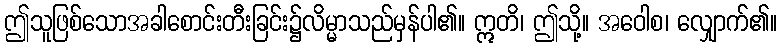
ဤသူဖြစ်သောအခါစောင်းတီးခြင်း၌လိမ္မာသည်မှန်ပါ၏။ ဣတိ၊ ဤသို့။ အဝေါစ၊ လျှောက်၏။